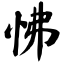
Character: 怫